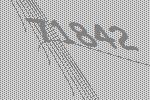
71842